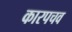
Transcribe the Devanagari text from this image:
कारपचव